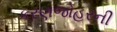
કરણજોહરની